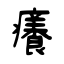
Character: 癢